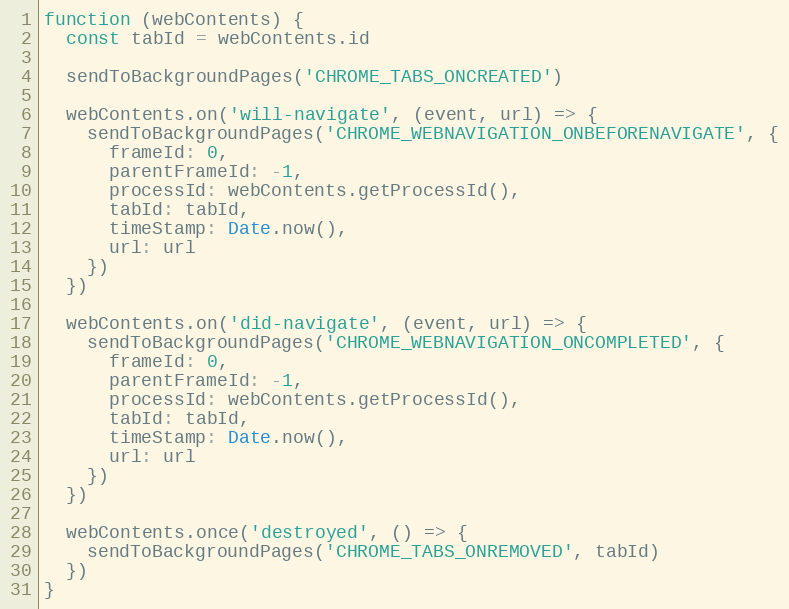
Language: JavaScript
function (webContents) {
  const tabId = webContents.id

  sendToBackgroundPages('CHROME_TABS_ONCREATED')

  webContents.on('will-navigate', (event, url) => {
    sendToBackgroundPages('CHROME_WEBNAVIGATION_ONBEFORENAVIGATE', {
      frameId: 0,
      parentFrameId: -1,
      processId: webContents.getProcessId(),
      tabId: tabId,
      timeStamp: Date.now(),
      url: url
    })
  })

  webContents.on('did-navigate', (event, url) => {
    sendToBackgroundPages('CHROME_WEBNAVIGATION_ONCOMPLETED', {
      frameId: 0,
      parentFrameId: -1,
      processId: webContents.getProcessId(),
      tabId: tabId,
      timeStamp: Date.now(),
      url: url
    })
  })

  webContents.once('destroyed', () => {
    sendToBackgroundPages('CHROME_TABS_ONREMOVED', tabId)
  })
}